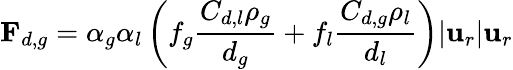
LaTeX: \mathbf{F}_{d,g}=\alpha_{g}\alpha_{l}\left(f_{g}\frac{C_{d,l}\rho_{g}}{d_{g}}+f_{l}\frac{C_{d,g}\rho_{l}}{d_{l}}\right)|\mathbf{u}_{r}|\mathbf{u}_{r}